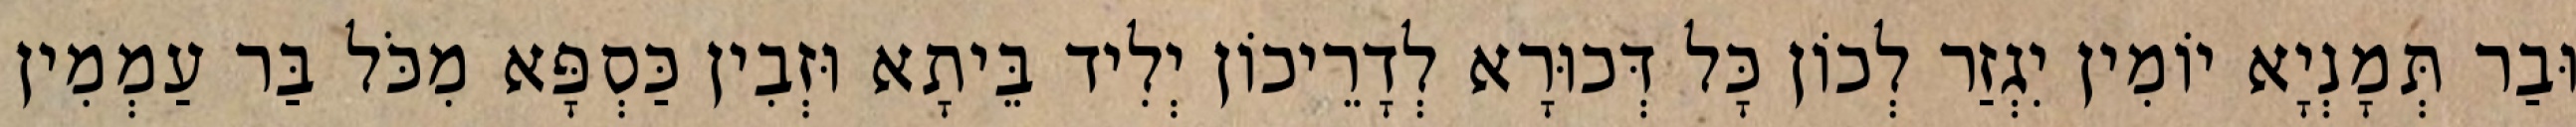
וּבַר תְּמָנְיָא יוֹמִין יִגְזַר לְכוֹן כָּל דְּכוּרָא לְדָרֵיכוֹן יְלִיד בֵּיתָא וּזְבִין כַּסְפָּא מִכֹּל בַּר עַמְמִין